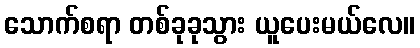
သောက်စရာ တစ်ခုခုသွား ယူပေးမယ်လေ။